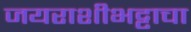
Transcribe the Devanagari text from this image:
जयराशीभट्टाचा